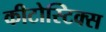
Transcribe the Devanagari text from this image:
कीटोस्टिक्स